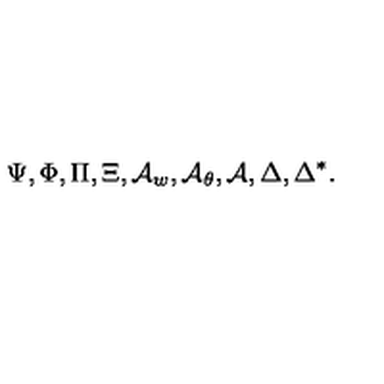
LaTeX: \Psi , \Phi , \Pi , \Xi , { \cal A } _ { w } , { \cal A } _ { \theta } , { \cal A } , \Delta , \Delta ^ { * } .